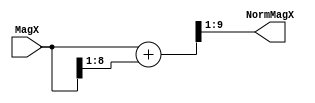
`timescale 1ns / 1ps
//////////////////////////////////////////////////////////////////////////////////
// Company: 
// Engineer: 
// 
// Design Name: 
// Module Name: normaliserW
// Project Name: 
// Target Devices: 
// Tool Versions: 
// Description: 
// 
// Dependencies: 
// 
// Revision:
// Revision 0.01 - File Created
// Additional Comments:
// 
//////////////////////////////////////////////////////////////////////////////////


module normaliserW(NormMagX,MagX);
parameter W = 10;
parameter Wabs=W-1;
output [Wabs-1:0] NormMagX;//Wabs = W-1
input [Wabs-1:0] MagX;

wire cout;
wire [Wabs:0] normby2mag, normby4mag,NormMagX_W;

//Normaliser: normalisedMagX = 0.75*MagX 
//logic: normval = magX>>1 + magX>>2
//wire [Wabs-1:0] normactmag;
//assign normactmag= 0.75*MagX; //unsupported for Synthesis
//assign NormMagX=normactmag;
assign normby2mag = {1'b0,MagX[Wabs-1:0]};//increasing precision
assign normby4mag = {2'b0,MagX[Wabs-1:1]};//increasing precision
assign {cout,NormMagX_W} = normby2mag + normby4mag;
assign NormMagX = NormMagX_W[Wabs:1];//truncation precision

endmodule